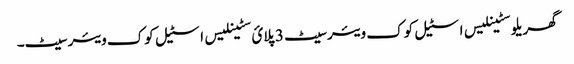
گھریلو سٹینلیس اسٹیل کوک ویئر سیٹ 3 پلائ سٹینلیس اسٹیل کوک ویئر سیٹ۔